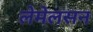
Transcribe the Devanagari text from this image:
लेमेलसन